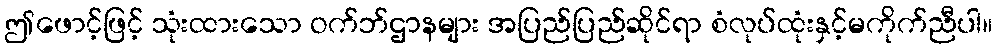
ဤဖောင့်ဖြင့် သုံးထားသော ဝက်ဘ်ဌာနများ အပြည်ပြည်ဆိုင်ရာ စံလုပ်ထုံးနှင့်မကိုက်ညီပါ။